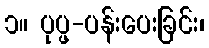
၁။ ပုပ္ဖ-ပန်းပေးခြင်း၊